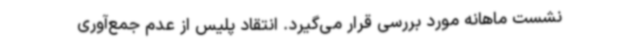
نشست ماهانه مورد بررسی قرار می‌گیرد. انتقاد پلیس از عدم جمع‌آوری